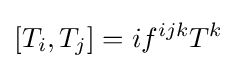
[T_{i},T_{j}]=if^{ijk}T^{k}